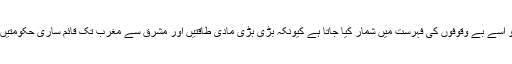
اور اگر کوئی موت پر شک وشبہ بھی کرے تو اسے بے وقوفوں کی فہرست میں شمار کیا جاتا ہے کیونکہ بڑی بڑی مادی طاقتیں اور مشرق سے مغرب تک قائم ساری حکومتیں موت کے سامنے عاجز وبے بس ہوجاتی ہیں۔